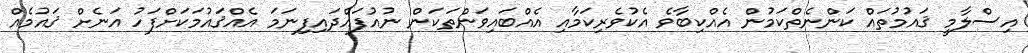
އިސްލާމީ ޤައުމުތައް ކަންނެތްކަމުން އެއްކިބާވެ އެކުވެރިކަމާއި އެއްބައިވަންތަކަން ނުއުފައްދައިފިނަމަ އެއްޤައުމަކަށްފަހު އަނެށް ޤައުމެއް